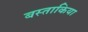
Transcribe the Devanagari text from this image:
बस्ताकिया